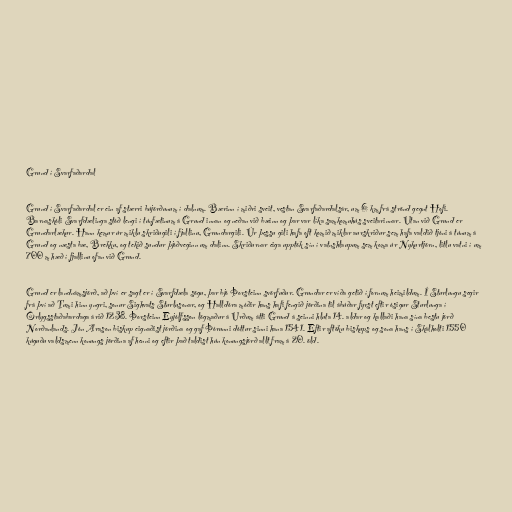
Grund í Svarfaðardal

Grund í Svarfaðardal er ein af stærri bújörðunum í dalnum. Bærinn í miðri sveit, vestan Svarfaðardalsár, um 6 km frá strönd gegnt Hofi.
Barnaskóli Svarfdælinga stóð lengi í túnfætinum á Grund innan og neðan við bæinn og þar var líka samkomuhús sveitarinnar. Utan við Grund er
Grundarlækur. Hann kemur úr miklu skriðugili í fjallinu, Grundargili. Úr þessu gili hafa oft komið miklar aurskriður sem hafa valdið tjóni á túnum á
Grund og næsta bæ, Brekku, og tekið sundur þjóðveginn um dalinn. Skriðurnar eiga upptök sín í vatnshlaupum sem koma úr Nykurtjörn, litlu vatni í um
700 m hæð í fjallinu ofan við Grund.

Grund er landnámsjörð, að því er sagt er í Svarfdæla sögu, þar bjó Þorsteinn svörfuður. Grundar er víða getið í fornum heimildum. Í Sturlungu segir
frá því að Tumi hinn yngri, sonur Sighvats Sturlusonar, og Halldóra móðir hans hafi fengið jörðina til ábúðar fyrst eftir ósigur Sturlunga í
Örlygsstaðabardaga árið 1238. Þorsteinn Eyjólfsson lögmaður á Urðum átti Grund á seinni hluta 14. aldar og kallaði hana sína bestu jörð
Norðanlands. Jón Arason biskup eignaðist jörðina og gaf Þórunni dóttur sinni hana 1541. Eftir aftöku biskups og sona hans í Skálholti 1550
kúguðu valdsmenn konungs jörðina af henni og eftir það taldist hún konungsjörð allt fram á 20. öld.